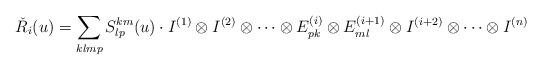
LaTeX: \begin{align*} \check{R}_i(u)= \sum_{klmp}S^{km}_{lp}(u) \cdot I^{(1)}\otimes I^{(2)}\otimes \cdots \otimes E^{(i)}_{pk} \otimes E^{(i+1)}_{ml} \otimes I^{(i+2)} \otimes \cdots \otimes I^{(n)}\end{align*}